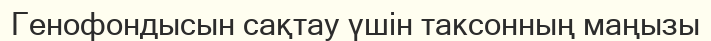
Генофондысын сақтау үшін таксонның маңызы